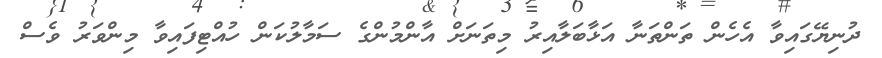
ދުނިޔޭގައިވާ އެހެން ތަންތަނާ އަޅާބަލާއިރު މިތަނަށް އާންމުންގެ ސަމާލުކަން ހުއްޓިފައިވާ މިންވަރު ވެސް